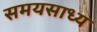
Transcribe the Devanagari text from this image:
समयसाध्य